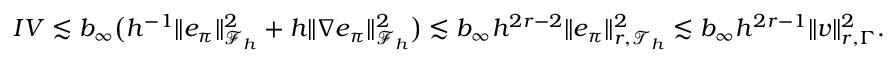
\begin{array} { r } { I V \lesssim b _ { \infty } \bigl ( h ^ { - 1 } \| e _ { \pi } \| _ { \mathcal { F } _ { h } } ^ { 2 } + h \| \nabla e _ { \pi } \| _ { \mathcal { F } _ { h } } ^ { 2 } \bigr ) \lesssim b _ { \infty } h ^ { 2 r - 2 } \| e _ { \pi } \| _ { r , \mathcal { T } _ { h } } ^ { 2 } \lesssim b _ { \infty } h ^ { 2 r - 1 } \| v \| _ { r , \Gamma } ^ { 2 } . } \end{array}